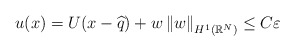
\begin{align*}u(x)=U(x-\widehat{q})+w\left \Vert w\right \Vert _{H^{1}(\mathbb{R}^{N})}\leq C\varepsilon \end{align*}